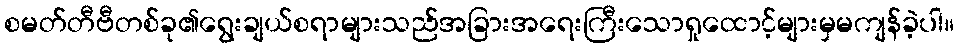
စမတ်တီဗီတစ်ခု၏ရွေးချယ်စရာများသည်အခြားအရေးကြီးသောရှုထောင့်များမှမကျန်ခဲ့ပါ။